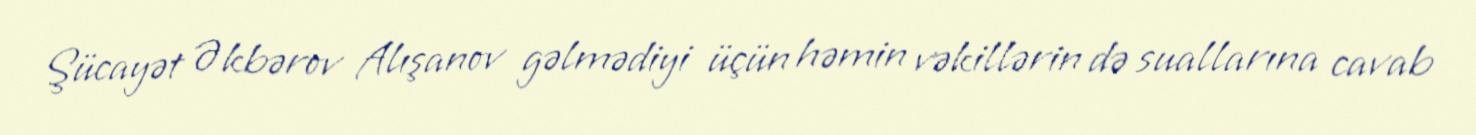
Şücayət Əkbərov Alışanov gəlmədiyi üçün həmin vəkillərin də suallarına cavab